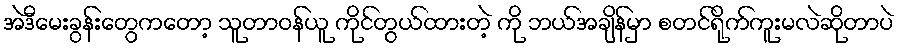
အဲဒီမေးခွန်းတွေကတော့ သူတာဝန်ယူ ကိုင်တွယ်ထားတဲ့ ကို ဘယ်အချိန်မှာ စတင်ရိုက်ကူးမလဲဆိုတာပဲ